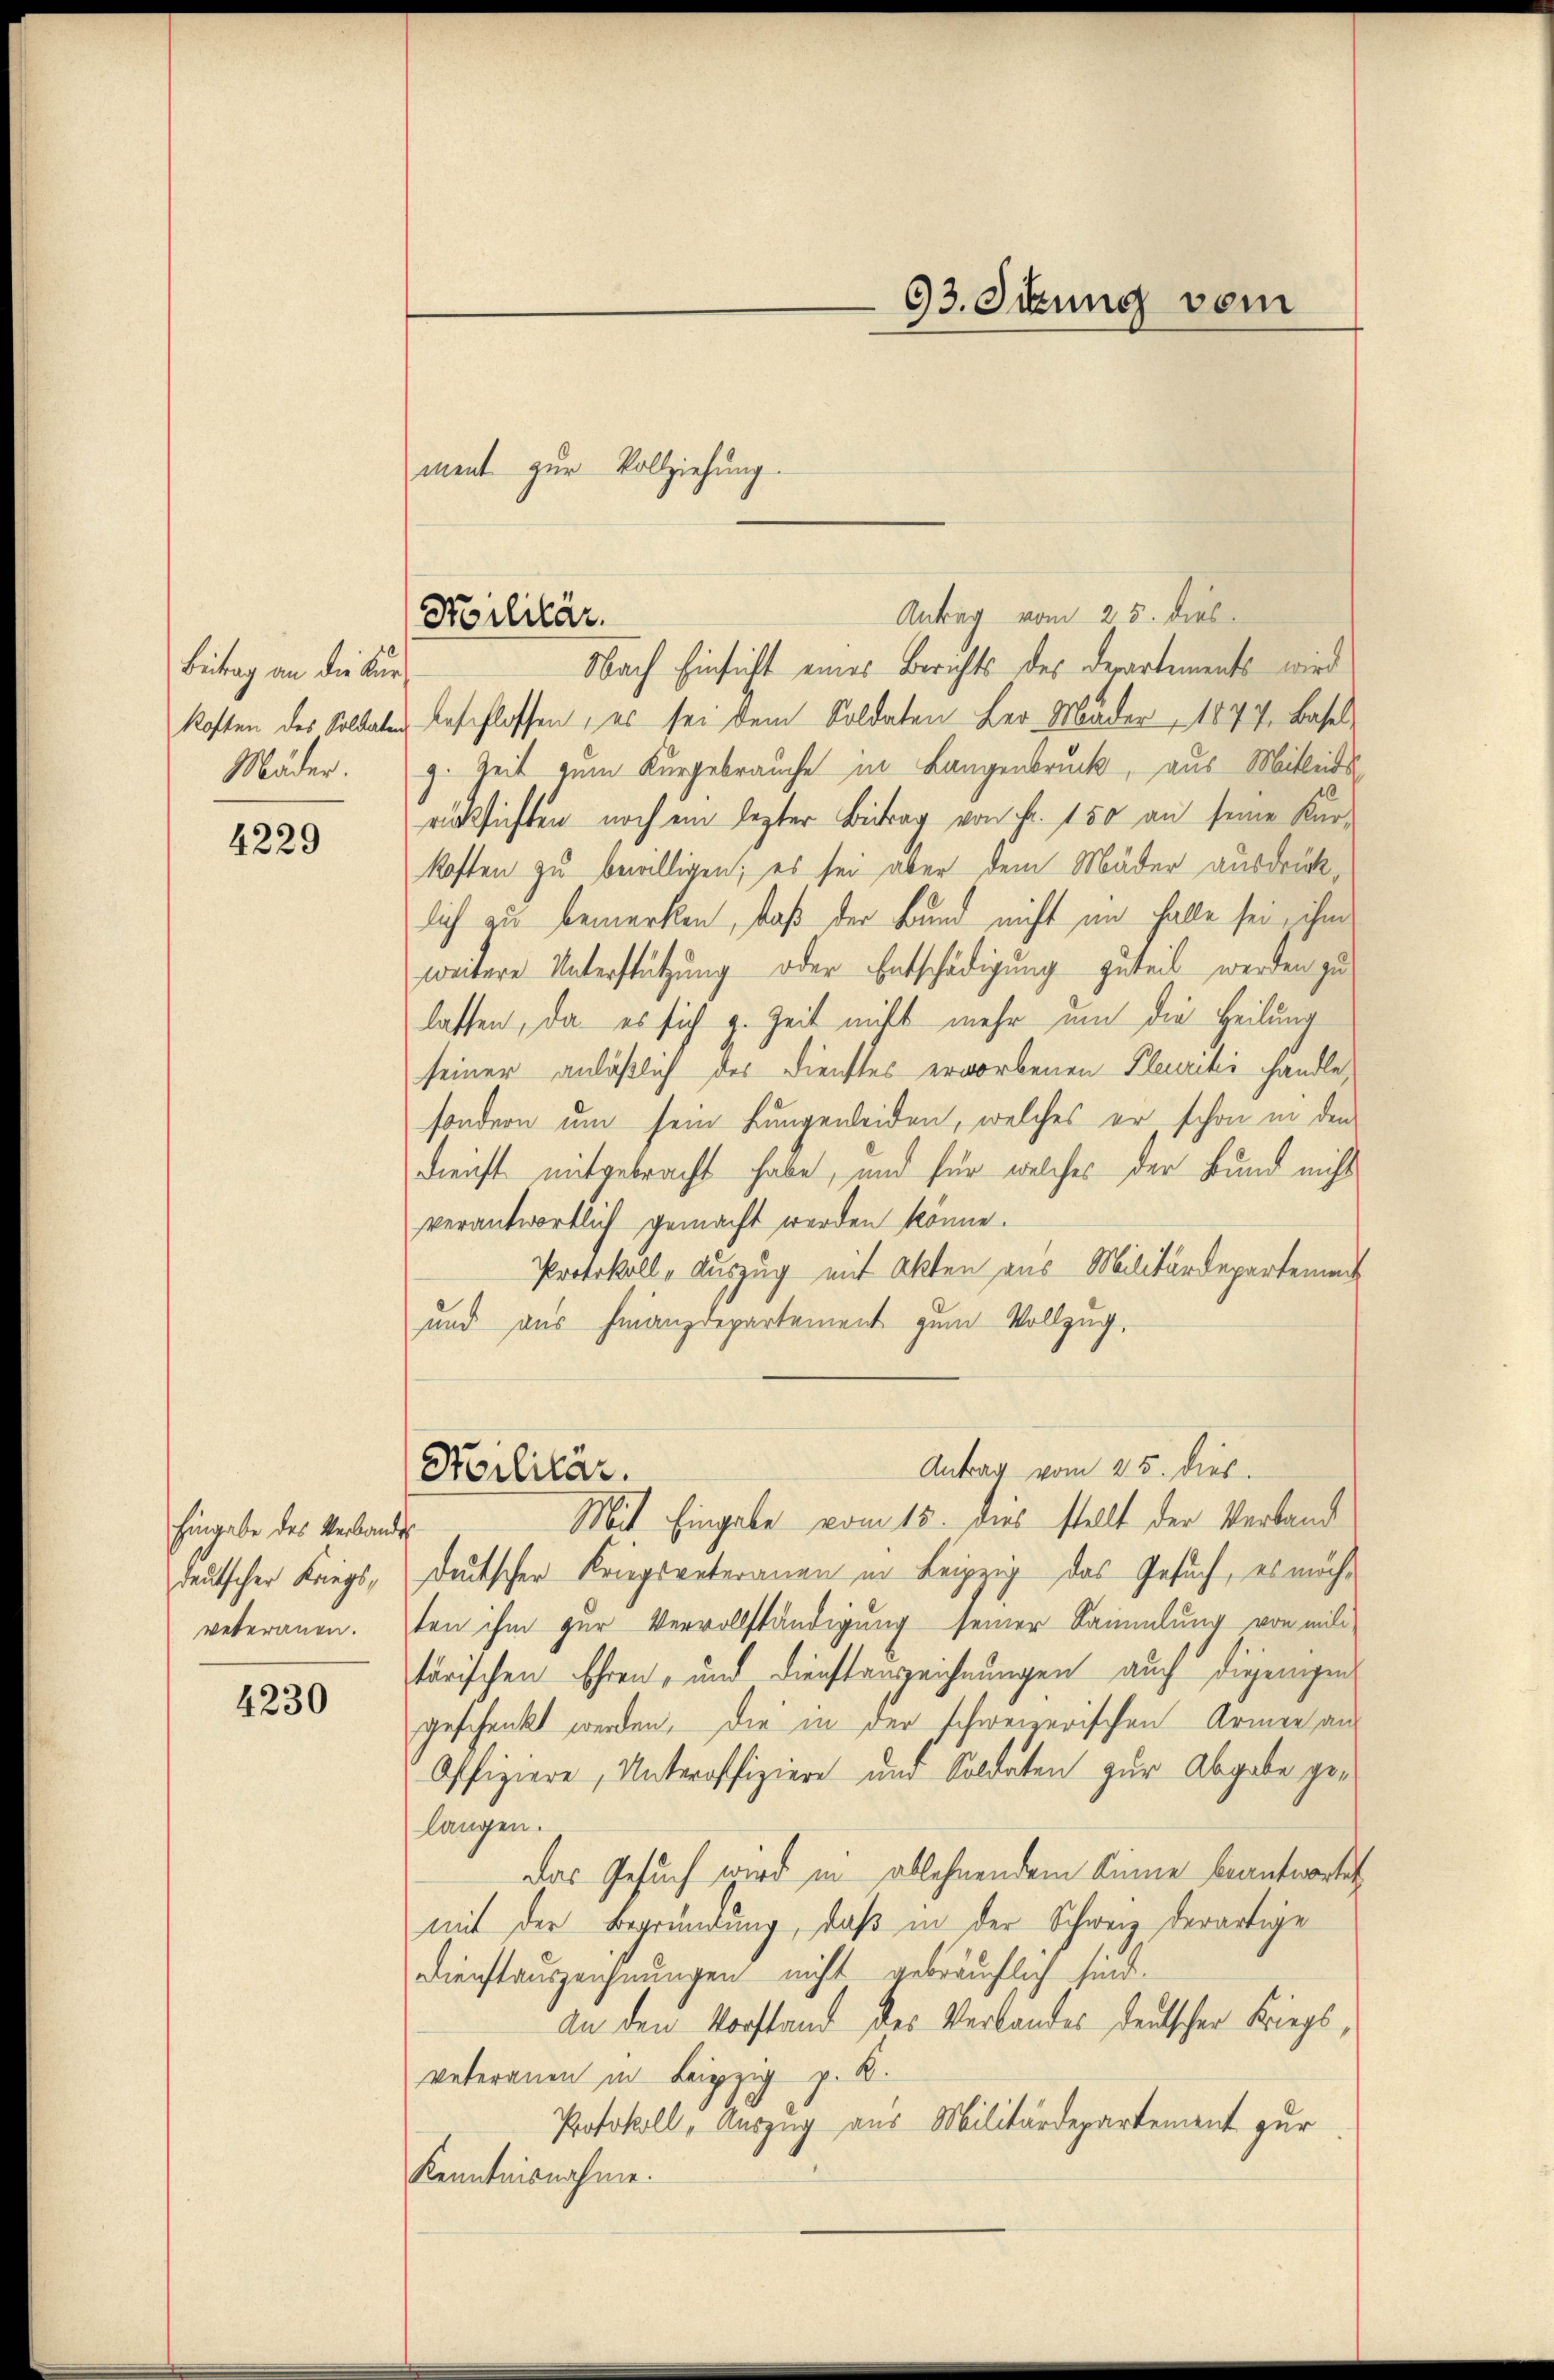
Beitrag an die Kurkosten des Soldaten
Mäder.

4229

Eingabe des Verbandes
deutscher Kriegs¬

4230

ment zur Vollziehung.

Antrag vom 25. dies
Koilitär.
Nach Einsicht eines Berichts des Departements wird

beschlossen, es sei dem Soldaten Her-Mäder, 1877, Baselg. Zeit zum Kurgebrauche in Langenbruck, aus Mitleis
rücksichten noch ein lezter Betrag von Fr. 150 an seine Kurkoften zu bewilligen; es sei aber dem Mäder ausdrücklich zu bemerken, daß der Bund nicht im Falle sei, ihm
weitere Unterstützung oder Entschädigung zuteil werden zu
lasten, da es sich z. Zeit nicht mehr um die Heilung
seiner anläßlich des Dienstes erworbenen Pleuritis handle,
sondern um sein Lungenleiden, welches er schon in den
Dienst mitgebracht habe, und für welches der Bund nicht
verantwortlich gemacht werden könne.
Protokoll, Auszug mit Akten aus Militärdepartement
und aus Finanzdepartement zum Vollzug.
Antrag vom 25. dies
Militär.
Mit Eingabe vom 15. dies stellt der Verband
deutscher Kriegsvateramen in Leipzig das Gesuch, es möchveteranen. ten ihm zur Vervollständigung seiner Sammlung von mili-
tärischen Ehren- und Dienstanzeichnungen auch diejenigen
geschenkt werden. Die in der schweizerischen Armee an
Offiziere, Unteroffiziere und Soldaten zur Abgabe gelangen.
Das Gesuch wird in ablehnendem Sinne beantwortet
mit der Begründung, daß in der Schweiz derartige
Dienstauszeichnungen nicht gebräuchlich sind.
An den Vorstand des Verlandes deutscher Kriegsveteranen in Leipzig z. B.
Protokoll, Auszug aus Militärdepartement zur
Kenntnisnahme.

93. Sekung vom